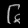
Digit: ၆